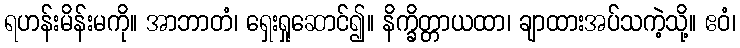
ရဟန်းမိန်းမကို။ အာဘာတံ၊ ရှေးရှုဆောင်၍။ နိက္ခိတ္တာယထာ၊ ချာထားအပ်သကဲ့သို့။ ဧဝံ၊